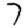
Digit: 7